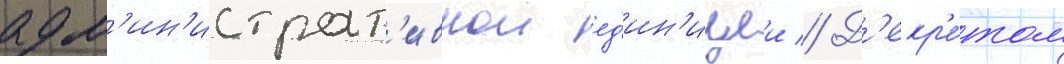
адм'ин'истрат'ивнои ед'ин'ицеи // Д'екр'е́том